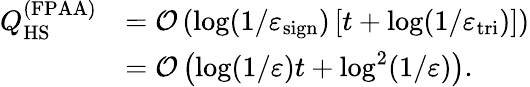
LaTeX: \begin{array}{rl}{Q_{\mathrm{HS}}^{(\mathrm{FPAA})}}&{=\mathcal{O}\left(\log(1/\varepsilon_{\mathrm{sign}})\left[t+\log(1/\varepsilon_{\mathrm{tri}})\right]\right)}\\ &{=\mathcal{O}\left(\log(1/\varepsilon)t+\log^{2}(1/\varepsilon)\right).}\end{array}